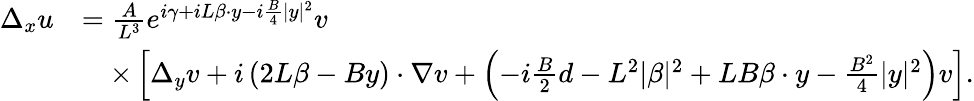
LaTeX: \begin{array}{rl}{\Delta_{x}u}&{=\frac{A}{L^{3}}e^{i\gamma+iL\beta\cdot y-i\frac{B}{4}|y|^{2}}v}\\ &{\quad\times\left[\Delta_{y}v+i\left(2L\beta-By\right)\cdot\nabla v+\left(-i\frac{B}{2}d-L^{2}|\beta|^{2}+LB\beta\cdot y-\frac{B^{2}}{4}|y|^{2}\right)v\right].}\end{array}